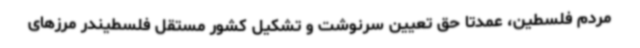
مردم فلسطین، عمدتا حق تعیین سرنوشت و تشکیل کشور مستقل فلسطیندر مرزهای